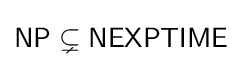
{\mathsf {NP\subsetneq NEXPTIME}}